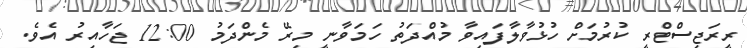
ރީރަޖިސްޓްރީ ކުރުމަށް ހުޅުވާލާފައިވާ މުއްދަތު ހަމަވާނީ މިރޭ މެންދަމު 12:00 ޖަހާއިރު އެވެ.